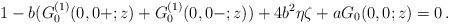
LaTeX: \begin{align*} 1-b( G^{(1)}_0(0,0+;z)+ G_0^{(1)}(0,0-;z))+4b^2\eta\zeta+aG_0(0,0;z)=0\,.\end{align*}